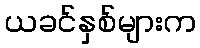
ယခင်နှစ်များက